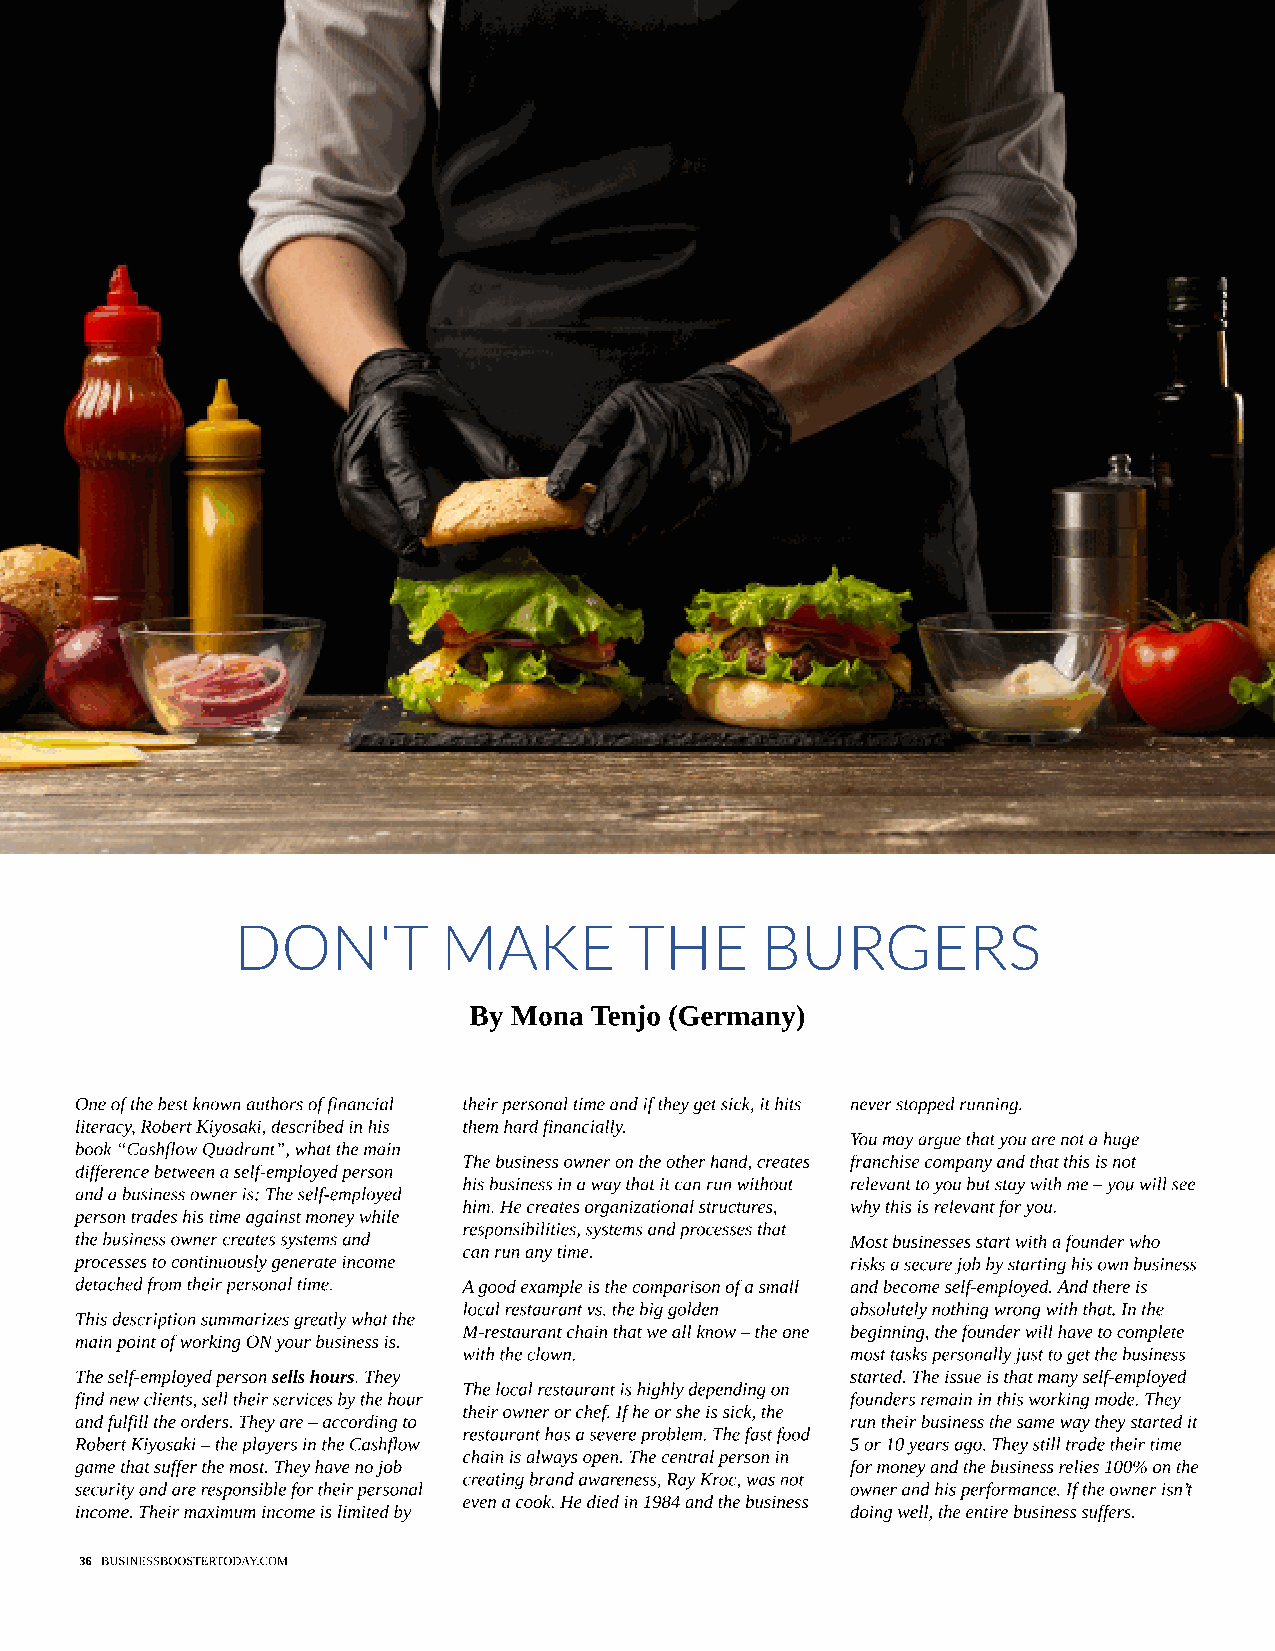
DON'T         MAKE         THE     BURGERS
 By Mona Tenjo (Germany)
 One of the best known authors of financial their personal time and if they get sick, it hits never stopped running.
 literacy, Robert Kiyosaki, described in his them hard financially.
 You may argue that you are not a huge
 book ?Cashflow Quadrant?, what the main
 The business owner on the other hand, creates franchise company and that this is not
 difference between a self-employed person
 his business in a way that it can run without relevant to you but stay with me ? you will see
 and a business owner is: The self-employed
 him. He creates organizational structures, why this is relevant for you.
 person trades his time against money while
 responsibilities, systems and processes that
 the business owner creates systems and             Most businesses start with a founder who
 can run any time.
 processes to continuously generate income          risks a secure job by starting his own business
 detached from their personal time. A good example is the comparison of a small and become self-employed. And there is
 local restaurant vs. the big golden absolutely nothing wrong with that. In the
 This description summarizes greatly what the
 M-restaurant chain that we all know ? the one beginning, the founder will have to complete
 main point of working ON your business is.
 with the clown.          most tasks personally just to get the business
 The self-employed person sells hours. They         started. The issue is that many self-employed
 The local restaurant is highly depending on
 find new clients, sell their services by the hour  founders remain in this working mode. They
 their owner or chef. If he or she is sick, the
 and fulfill the orders. They are ? according to    run their business the same way they started it
 restaurant has a severe problem. The fast food
 Robert Kiyosaki ? the players in the Cashflow      5 or 10 years ago. They still trade their time
 chain is always open. The central person in
 game that suffer the most. They have no job        for money and the business relies 100% on the
 creating brand awareness, Ray Kroc, was not
 security and are responsible for their personal    owner and his performance. If the owner isn?t
 even a cook. He died in 1984 and the business
 income. Their maximum income is limited by         doing well, the entire business suffers.
 36 BUSINESSBOOSTERTODAY.COM